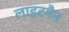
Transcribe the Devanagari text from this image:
लाइटमैन